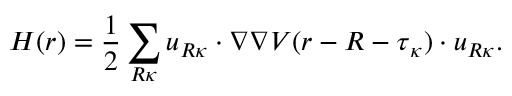
H ( \boldsymbol { r } ) = \frac { 1 } { 2 } \sum _ { \boldsymbol { R } \kappa } \boldsymbol { u } _ { \boldsymbol { R } \kappa } \cdot \nabla \nabla V ( \boldsymbol { r } - \boldsymbol { R } - \boldsymbol { \tau } _ { \kappa } ) \cdot \boldsymbol { u } _ { \boldsymbol { R } \kappa } .